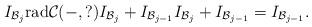
LaTeX: \begin{align*} I_{\mathcal{B}_{j}}\mathrm{rad}\mathcal{C}(-,?)I_{\mathcal{B}_{j}}+I_{\mathcal{B}_{j-1}}I_{\mathcal{B}_{j}}+I_{\mathcal{B}_{j-1}}= I_{\mathcal{B}_{j-1}}. \end{align*}